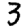
Digit: 3